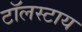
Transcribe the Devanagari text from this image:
टॉलस्टाय